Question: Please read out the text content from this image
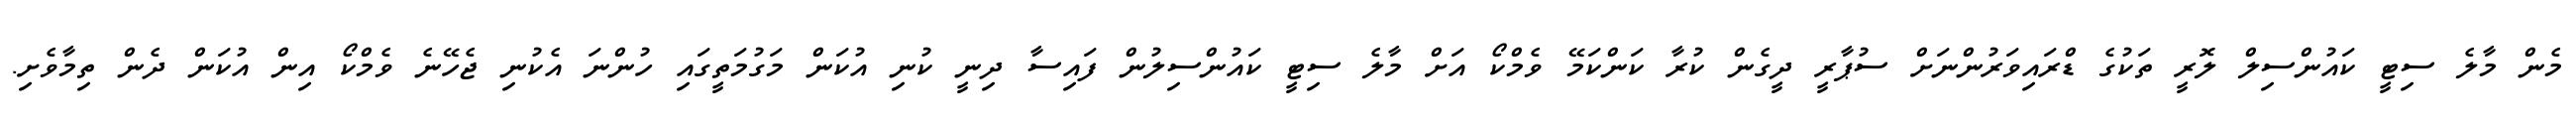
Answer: މެން މާލެ ސިޓީ ކައުންސިލް ލޮރީ ތަކުގެ ޑްރައިވަރުންނަށް ސުޕާރީ ދީގެން ކުރާ ކަންކަމޭ ވެމްކޯ އަށް މާލެ ސިޓީ ކައުންސިލުން ފައިސާ ދިނީ ކުނި އުކަން މަގުމަތީގައި ހުންނަ އެކުނި ޖެހޭނެ ވެމްކޯ އިން އުކަން ދެން ތިމާވެށި.